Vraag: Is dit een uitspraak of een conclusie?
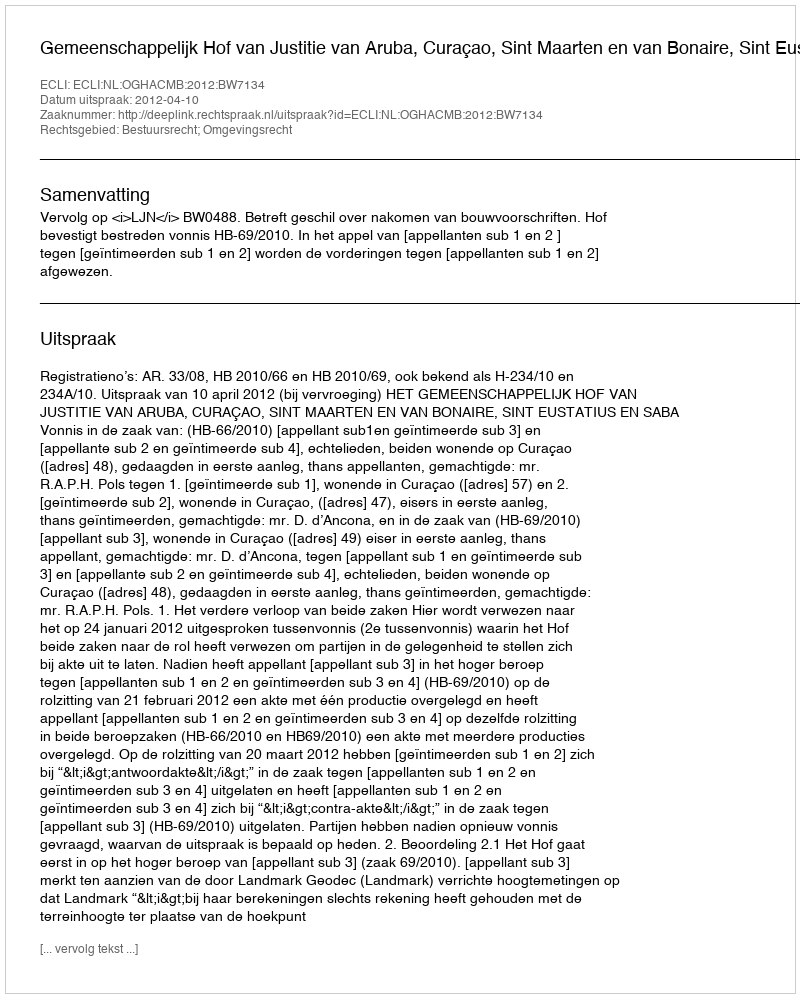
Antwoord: Uitspraak